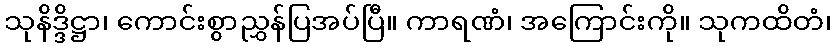
သုနိဒ္ဒိဋ္ဌာ၊ ကောင်းစွာညွှန်ပြအပ်ပြီ။ ကာရဏံ၊ အကြောင်းကို။ သုကထိတံ၊